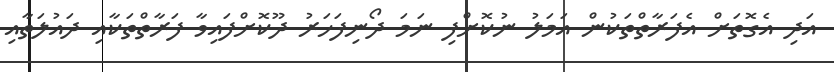
އަދި އެގޮތަށް އެފަރާތްތަކުން އަމަލު ނުކޮށްފި ނަމަ ދޯނިފަހަރު ދޫކޮށްފައިވާ ފަރާތްތަކާއި ދައުލަތާއި